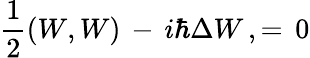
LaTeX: {\frac{1}{2}}(W,W)\, -\, i\hbar\Delta W\, ,=\, 0